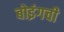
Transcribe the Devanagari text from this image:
बोइंगची